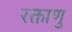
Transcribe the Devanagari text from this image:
रक्ताणु